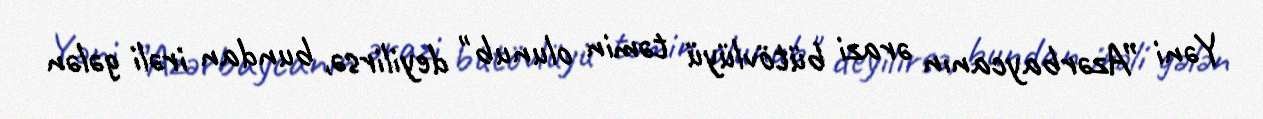
Yəni ”Azərbaycanın ərazi bütövlüyü təmin olunub" deyilirsə, bundan irəli gələn